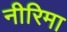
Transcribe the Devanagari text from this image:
नीरिमा